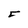
Character: 5